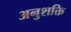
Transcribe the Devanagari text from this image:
अनुशक्ति